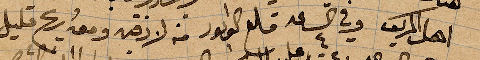
اهل المركب وفي الساعة ٤ قلع الوابور من لاذقية معه ريح قليل